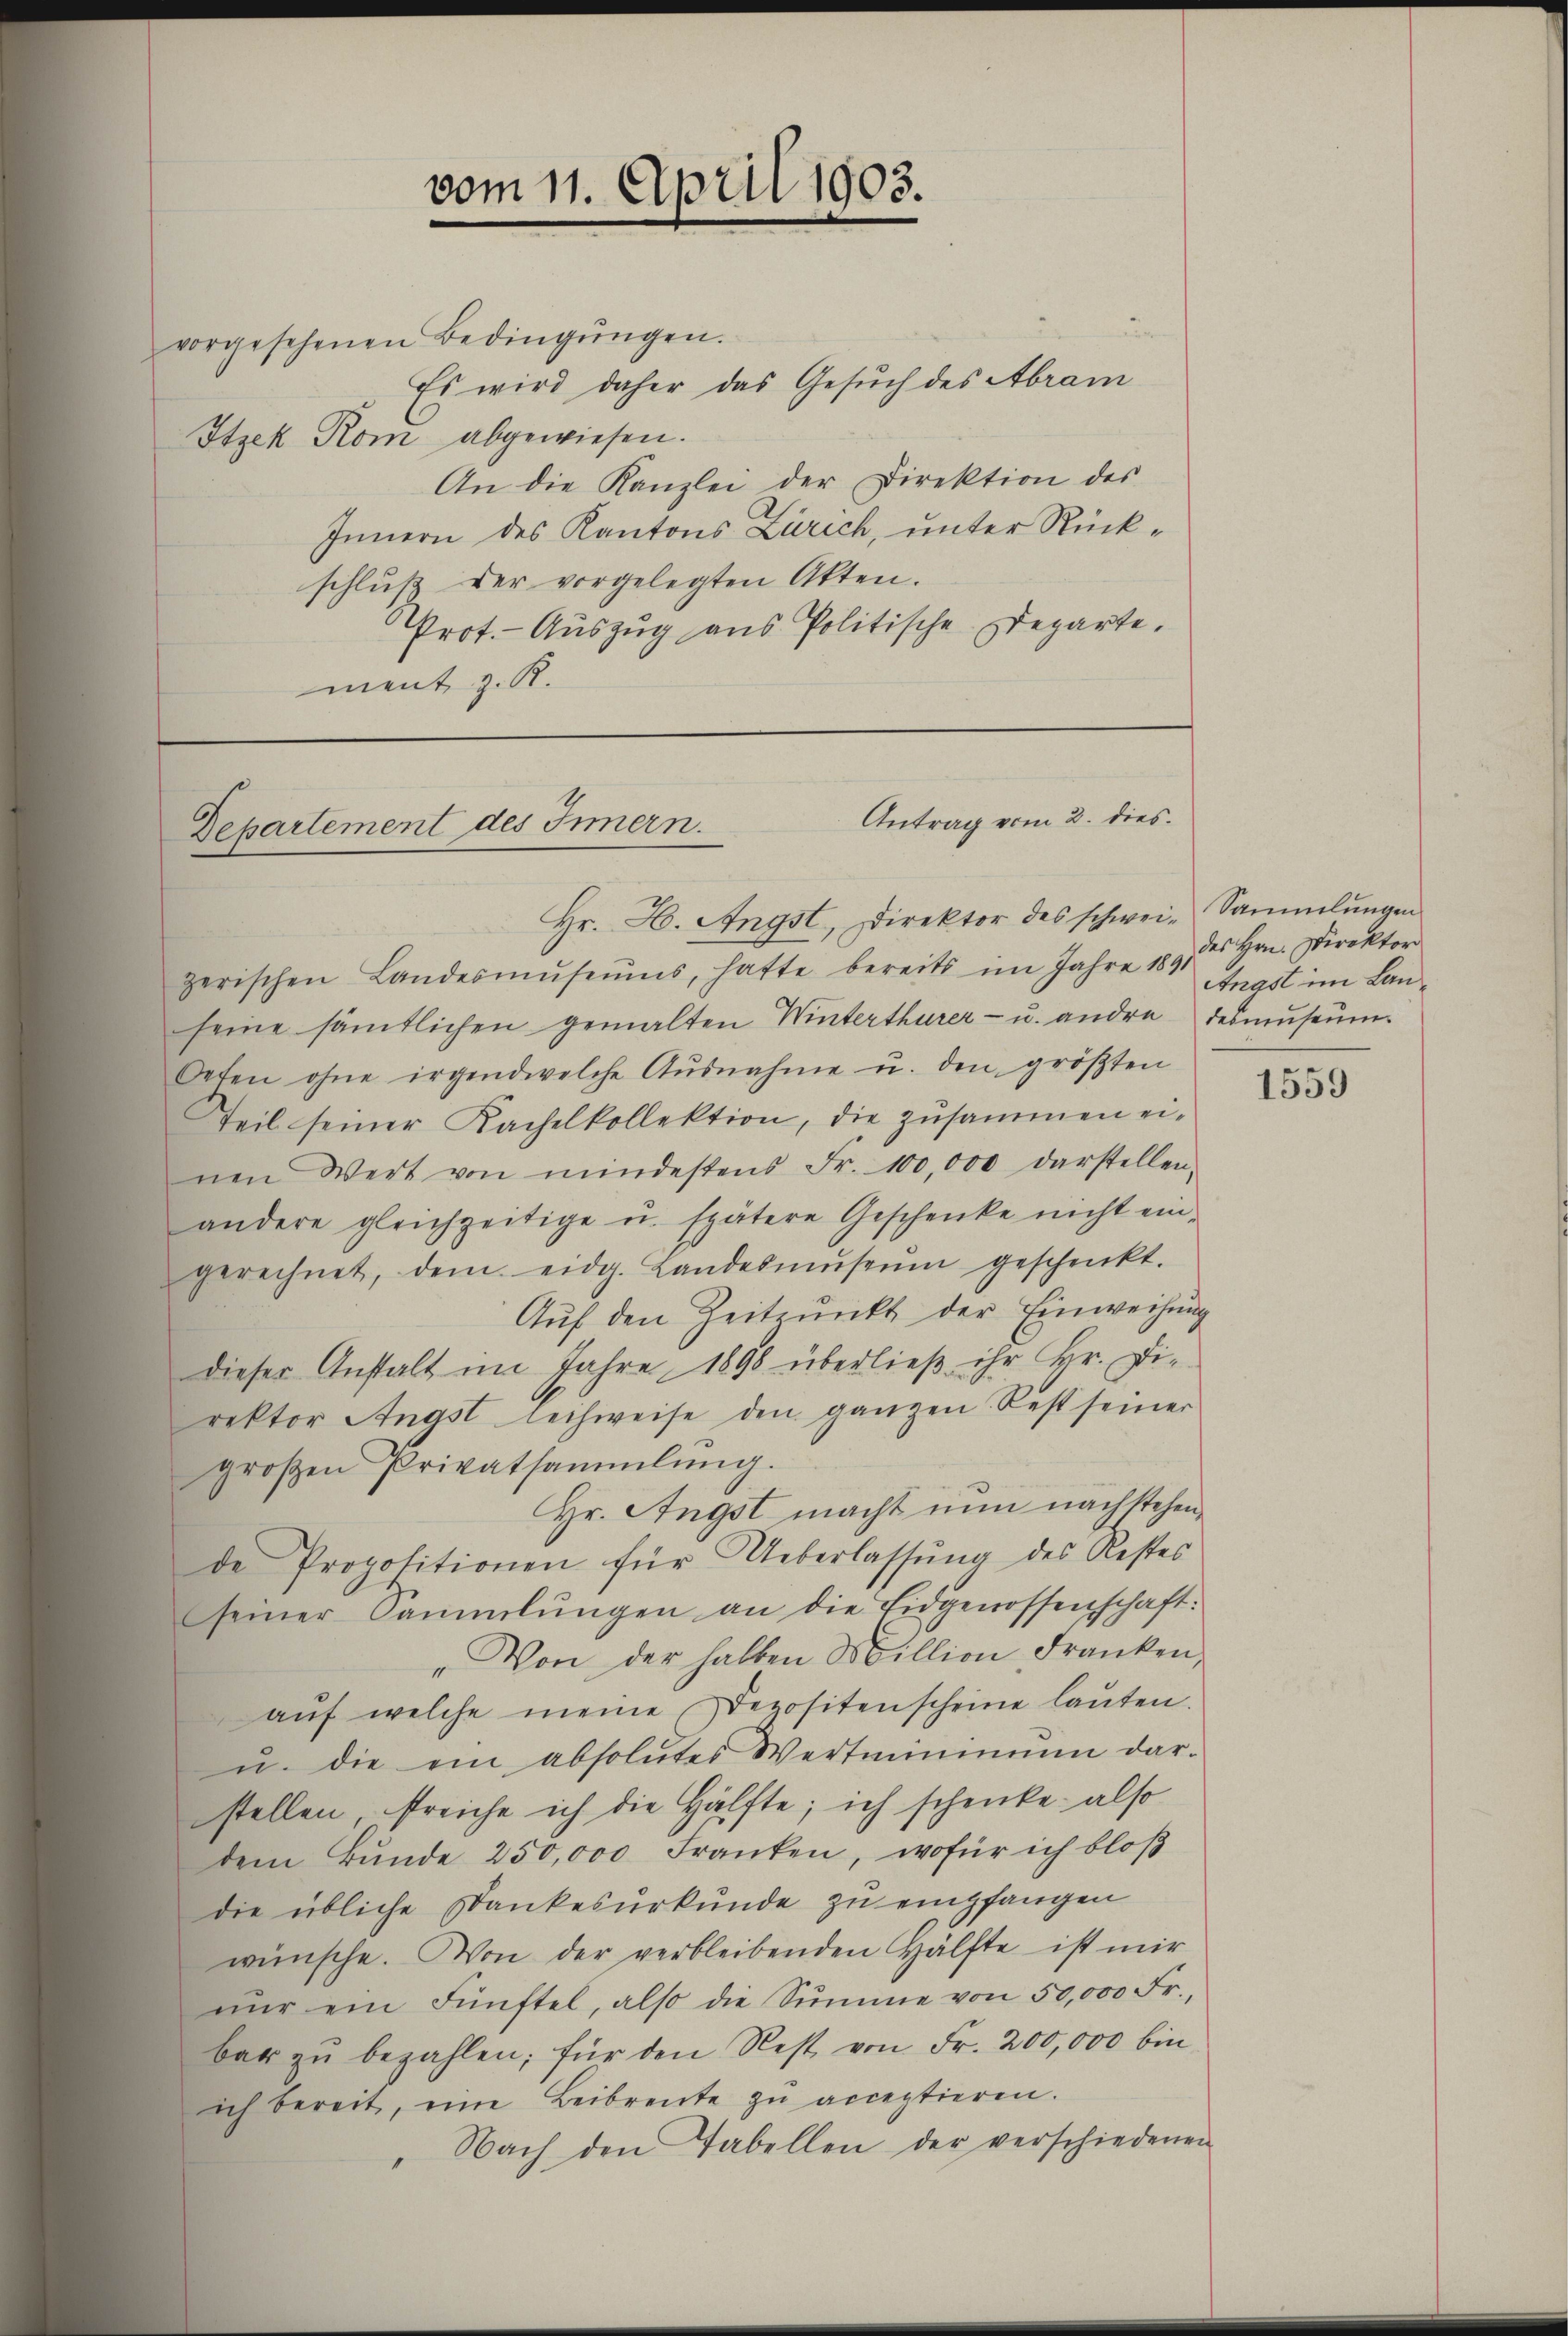
vom 11. April 1903.

vorgesehenen Bedingungen.
Es wird daher das Gesuch des Abram
Itzek Rom abgewiesen.
An die Kanzlei der Direktion des
Innern des Kantons Zürich, unter Rückschlŭβ der vorgelegten Akten.
Prot.- Aŭszŭg aŭs Politische Departe.
ment z. R.

Antrag vom 2. dies
Departement des Innern.

Hr. H. Angst, Direktor des schwei-Sammlungen
zerischen Landesmŭseŭms, hatte bereits im Jahre 189 Angst im Lan-
seine sämtlichen gemalten Winterthurer- u. andere desmuseum
Oeten ohne irgendwelche Aŭsnahme u. den größten
Teil seiner Kachelkollektion, die zusammen ei-
nen Wert von mindestens Fr. 100,000 darstellen.
andere gleichzeitige u. spätere Geschenke nicht ein-
gerechnet, dem eidg. Landesmŭseŭm geschenkt.
Aŭf den Zeitpunkt der Einweisung
dieser Anstalt im Jahre 1898 überließ ihr Hr. Die
rektor Angst leihweise den ganzen Rest seiner
großen Privatsammlung.
Hr. Angst macht nun nachstehende Propositionen für Ueberlassŭng des Restes
seiner Sammlungen an die Eidgenossenschaft:
„Von der halben Million Franken,
aŭf welche meine Depositenscheine lauten.
u. die ein absolutes Wertminimum dar-
stellen, freiche ich die Hälfte, ich schenke, also
dem Bŭnde 250,000 Franken, wofür ich bloß
die übliche Dankesurkunde zu empfangen
wünsche. Von der verbleibenden Hälfte ist mir
nŭr ein Fünftel, also die Sŭmme von 50,000 Fr.,
bar zŭ bezahlen; für den Rest von Fr. 200,000 bin
ich bereit, eine Beibrente zŭ acceptieren.
Nach den Tabellen der verschiedenen

des Hrn. Direktor

1559